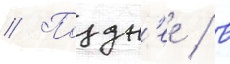
// Поздн'ее / в